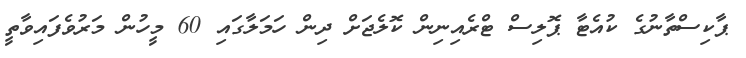
ޕާކިސްތާނުގެ ކުއެޓާ ޕޮލިސް ޓްރެއިނިން ކޮލެޖަށް ދިން ހަމަލާގައި 60 މީހުން މަރުވެފައިވާތީ